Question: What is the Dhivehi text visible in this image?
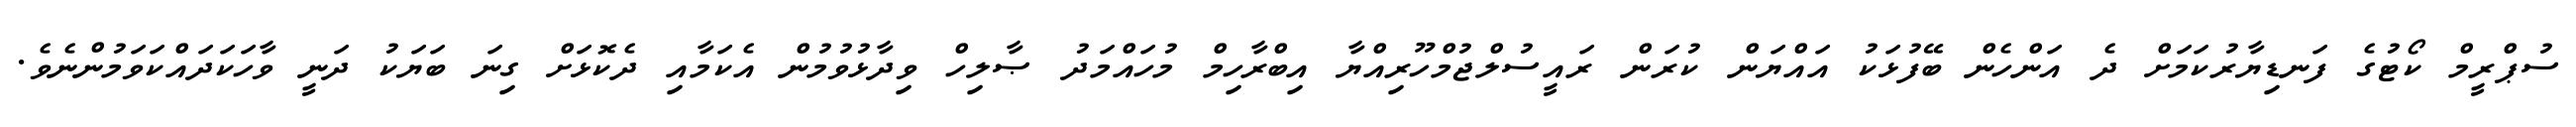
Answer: ސުޕްރީމް ކޯޓުގެ ފަނޑިޔާރުކަމަށް ދެ އަންހެން ބޭފުޅަކު އައްޔަން ކުރަން ރައީސުލްޖުމްހޫރިއްޔާ އިބްރާހިމް މުހައްމަދު ޞާލިހް ވިދާޅުވުމުން އެކަމާއި ދެކޮޅަށް ގިނަ ބަޔަކު ދަނީ ވާހަކަދައްކަވަމުންނެވެ.